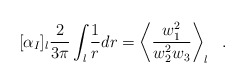
\begin{align*}[\alpha_I]_l\frac{2}{3\pi}\int_{l} \frac{1}{r}dr = \left< \frac{w^2_1}{w^2_2w_3}\right>_l~~. \end{align*}